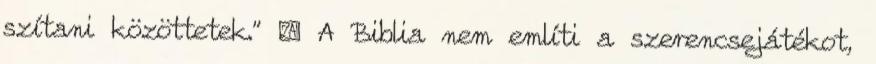
szítani közöttetek." ↑ A Biblia nem említi a szerencsejátékot,